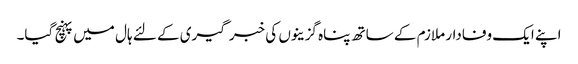
اپنے ایک وفادار ملازم کے ساتھ پناہ گزینوں کی خبر گیری کے لئے ہال میں پہنچ گیا۔